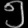
Digit: ၅